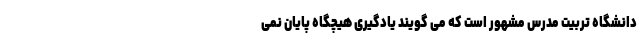
دانشگاه تربيت مدرس مشهور است که می گویند یادگیری هیچگاه پایان نمی